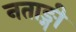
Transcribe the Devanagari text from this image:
नताङ्गी